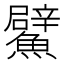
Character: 𩼢